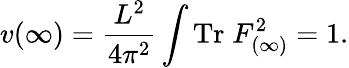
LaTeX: v(\infty)=\frac{L^{2}}{4\pi^{2}}\int\mathrm{Tr}\; F_{(\infty)}^{2}=1.